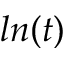
l n ( t )